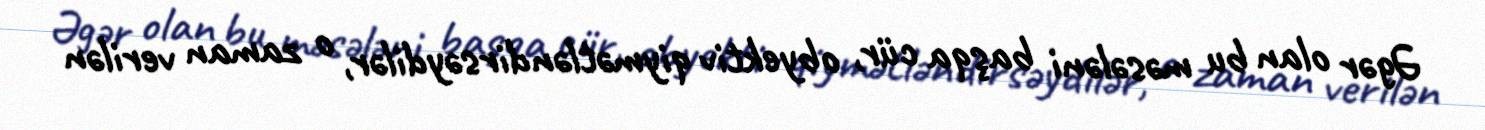
Əgər olan bu məsələni başqa cür, obyektiv qiymətləndirsəydilər, o zaman verilən